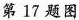
第17题图